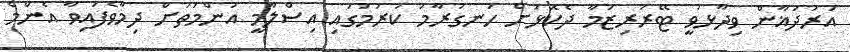
އުރުދުޣާން ވިދާޅުވީ ޓޭރަރިޒަމާ ދެކޮޅަށް ހަނގުރާމަ ކުރުމުގައި އިސްލާމީ އުންމަތަށް ދިމާވެފައިވާ އެންމެ